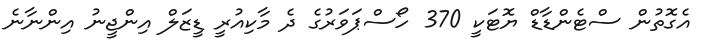
އެގޮތުން ސްޓެންޑާޑް ޔޮޓަކީ 370 ހޯސްޕަވަރުގެ ދެ މާކިއުރީ ޑީޒަލް އިންޖީނު އިންނާނެ